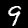
Label: 9